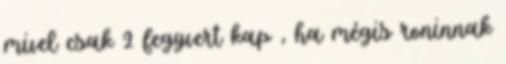
mivel csak 2 fegyvert kap , ha mégis roninnak